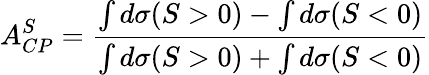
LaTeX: A_{CP}^{S}=\frac{\int d\sigma(S>0)-\int d\sigma(S<0)}{\int d\sigma(S>0)+\int d\sigma(S<0)}